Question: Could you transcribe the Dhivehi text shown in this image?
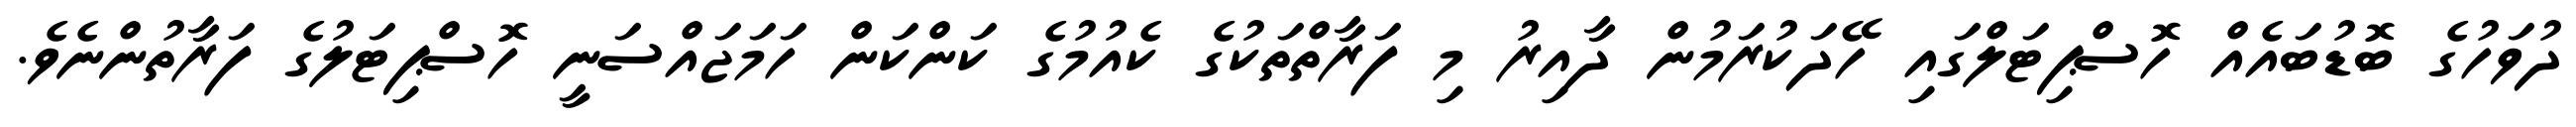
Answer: ދުވަހުގެ ބޮޑުބައެއް ހޮސްޕިޓަލްގައި ހޭދަކުރަމުން ދާއިރު މި ފަރާތްތަކުގެ ކެއުމުގެ ކަންކަން ހަމަޖައްސަނީ ހޮސްޕިޓަލުގެ ފަރާތުންނެވެ.